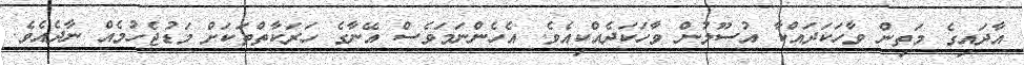
އާދައިގެ މަތިން ވާހަކަދައްކާ އުސޫލުން ވާހަކަދެއްކިއެވެ. އެހެންނަމަވެސް އޭނާގެ ހަރަކާތްތަކަށް މަޑުޖެހުމެއް ނާދެއެވެ.